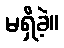
မရှိခဲ့။